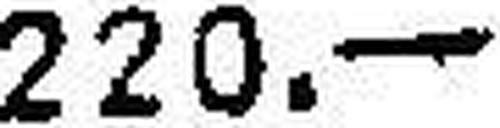
220.—